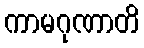
ကာမဂုဏာတိ